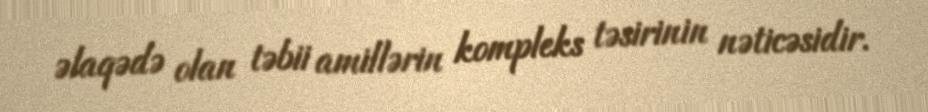
əlaqədə olan təbii amillərin kompleks təsirinin nəticəsidir.